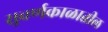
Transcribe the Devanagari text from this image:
सुवर्णकाळातील